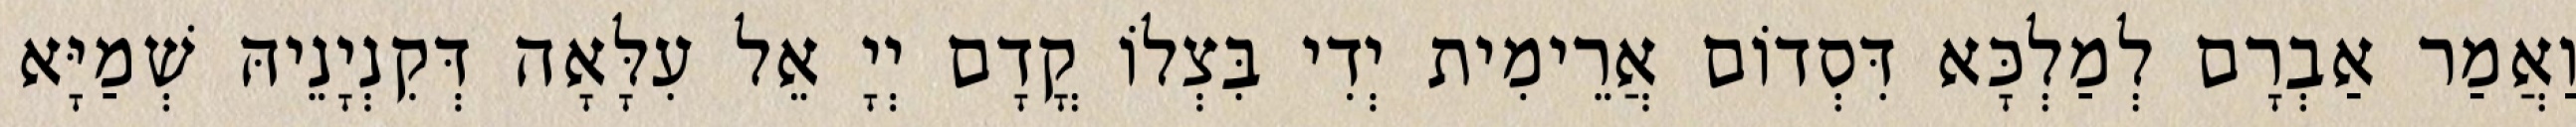
וַאֲמַר אַבְרָם לְמַלְכָּא דִּסְדוֹם אֲרֵימִית יְדִי בִּצְלוֹ קֳדָם יְיָ אֵל עִלָּאָה דְּקִנְיָנֵיהּ שְׁמַיָּא